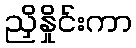
ညှိနှိုင်းကာ